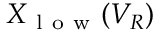
X _ { \mathrm { ~ l ~ o ~ w ~ } } ( V _ { R } )